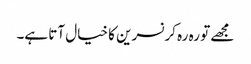
مجھے تو رہ رہ کر نسرین کا خیال آتا ہے۔